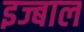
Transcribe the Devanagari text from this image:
इज्बाल